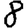
Digit: 8